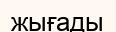
жығады